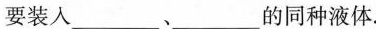
中要装入___、___的同种液体.